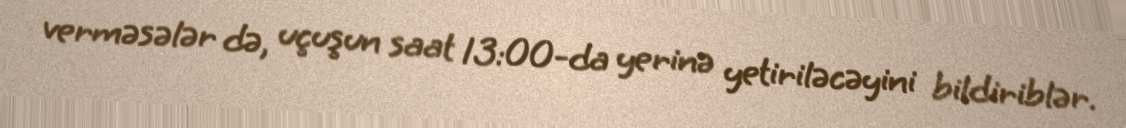
verməsələr də, uçuşun saat 13:00-da yerinə yetiriləcəyini bildiriblər.